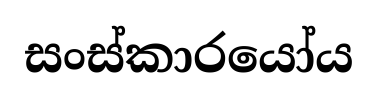
සංස්කාරයෝය